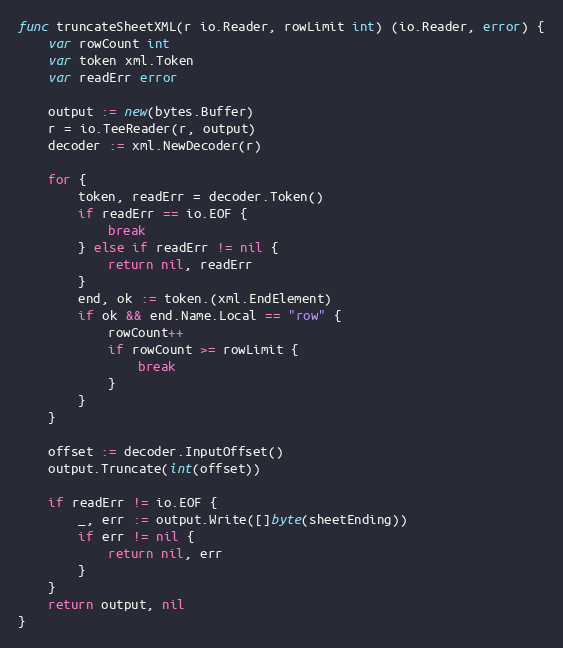
Language: Go
func truncateSheetXML(r io.Reader, rowLimit int) (io.Reader, error) {
	var rowCount int
	var token xml.Token
	var readErr error

	output := new(bytes.Buffer)
	r = io.TeeReader(r, output)
	decoder := xml.NewDecoder(r)

	for {
		token, readErr = decoder.Token()
		if readErr == io.EOF {
			break
		} else if readErr != nil {
			return nil, readErr
		}
		end, ok := token.(xml.EndElement)
		if ok && end.Name.Local == "row" {
			rowCount++
			if rowCount >= rowLimit {
				break
			}
		}
	}

	offset := decoder.InputOffset()
	output.Truncate(int(offset))

	if readErr != io.EOF {
		_, err := output.Write([]byte(sheetEnding))
		if err != nil {
			return nil, err
		}
	}
	return output, nil
}